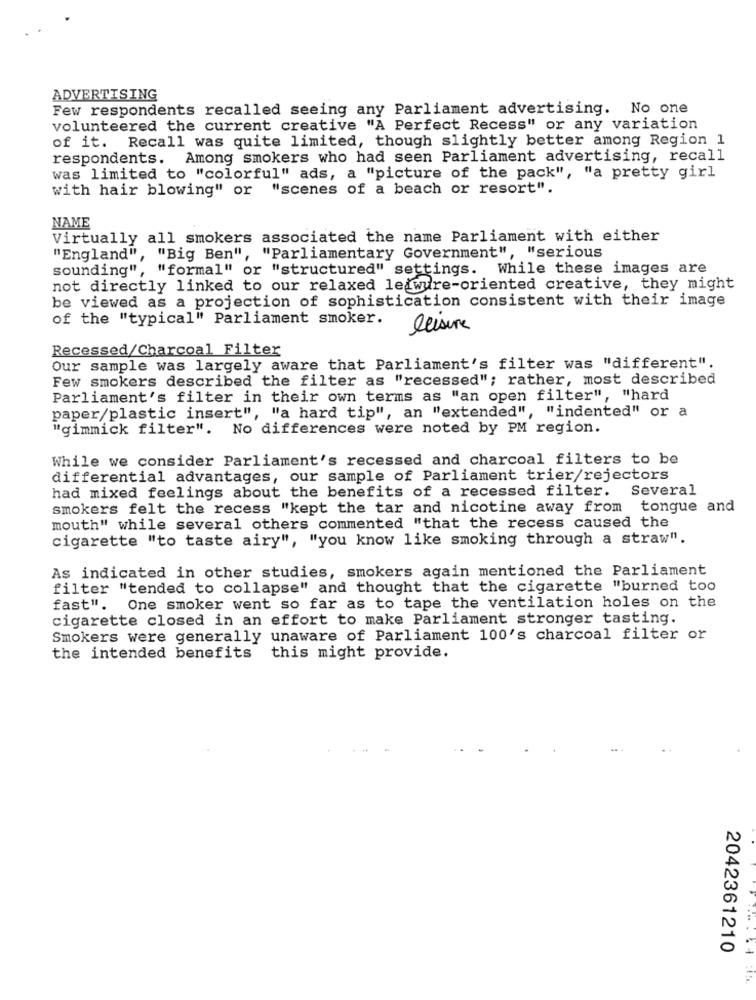
ADVERTISING
Few respondents recalled seeing any Parliament advertising. No one
volunteered the current creative "A Perfect Recess" or any variation
of it. Recall was quite limited, though slightly better among Region 1
respondents. Among smokers who had seen Parliament advertising, recall
was limited to "colorful" ads, a "picture of the pack", "a pretty girl
with hair blowing" or "scenes of a beach or resort".
NAME
Virtually all smokers associated the name Parliament with either
"England", "Big Ben", "Parliamentary Government", "serious
sounding", "formal" or "structured" settings. While these images are
not directly linked to our relaxed le wure-oriented creative, they might
be viewed as a projection of sophistication consistent with their image
of the "typical" Parliament smoker.
leisure
Recessed/Charcoal Filter
Our sample was largely aware that Parliament's filter was "different".
Few smokers described the filter as "recessed"; rather, most described
Parliament's filter in their own terms as "an open filter", "hard
paper/plastic insert", "a hard tip", an "extended", "indented" or a
"gimmick filter". No differences were noted by PM region.
While we consider Parliament's recessed and charcoal filters to be
differential advantages, our sample of Parliament trier/rejectors
had mixed feelings about the benefits of a recessed filter.
Several
smokers felt the recess "kept the tar and nicotine away from tongue and
mouth" while several others commented "that the recess caused the
cigarette "to taste airy", "you know like smoking through a straw".
As indicated in other studies, smokers again mentioned the Parliament
filter "tended to collapse" and thought that the cigarette "burned too
fast". One smoker went so far as to tape the ventilation holes on the
cigarette closed in an effort to make Parliament stronger tasting.
Smokers were generally unaware of Parliament 100's charcoal filter or
the intended benefits
this might provide.
2042361210